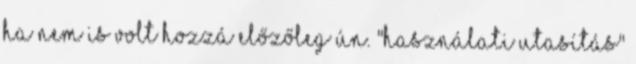
ha nem is volt hozzá előzőleg ún. "használati utasítás"